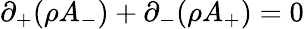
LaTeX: \partial_{+}(\rho A_{-})+\partial_{-}(\rho A_{+})=0